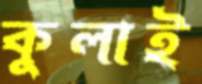
কুলাই